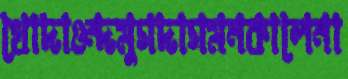
খোদাওন্দমুগদাগমনকালেনা